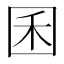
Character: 囷